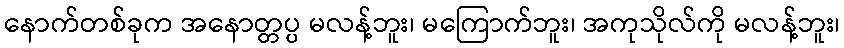
နောက်တစ်ခုက အနောတ္တပ္ပ မလန့်ဘူး၊ မကြောက်ဘူး၊ အကုသိုလ်ကို မလန့်ဘူး၊